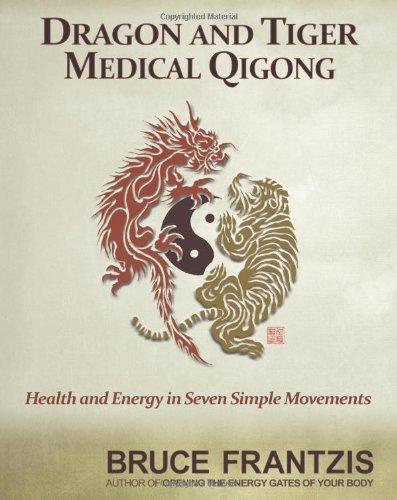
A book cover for Dragon and Tiger Medical Qigong, Volume 1: Develop Health and Energy in 7 Simple Movements; Bruce Frantzis; Health, Fitness & Dieting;